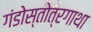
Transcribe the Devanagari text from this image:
गंडोस्तोत्रगाथा